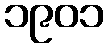
၁၉၀၁